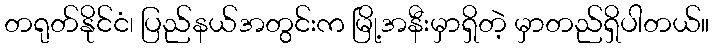
တရုတ်နိုင်ငံ၊ ပြည်နယ်အတွင်းက မြို့အနီးမှာရှိတဲ့ မှာတည်ရှိပါတယ်။